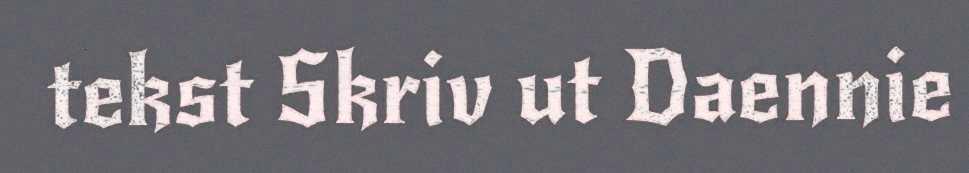
tekst Skriv ut Daennie